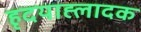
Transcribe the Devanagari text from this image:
हृदयाह्लादक